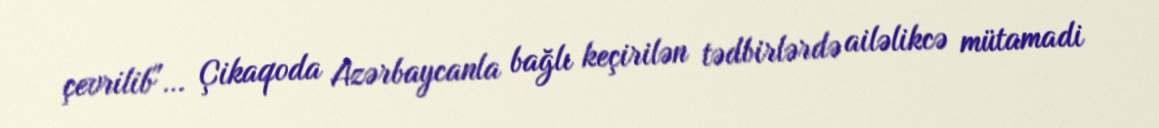
çevrilib"… Çikaqoda Azərbaycanla bağlı keçirilən tədbirlərdə ailəlikcə mütamadi